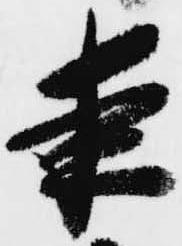
夜